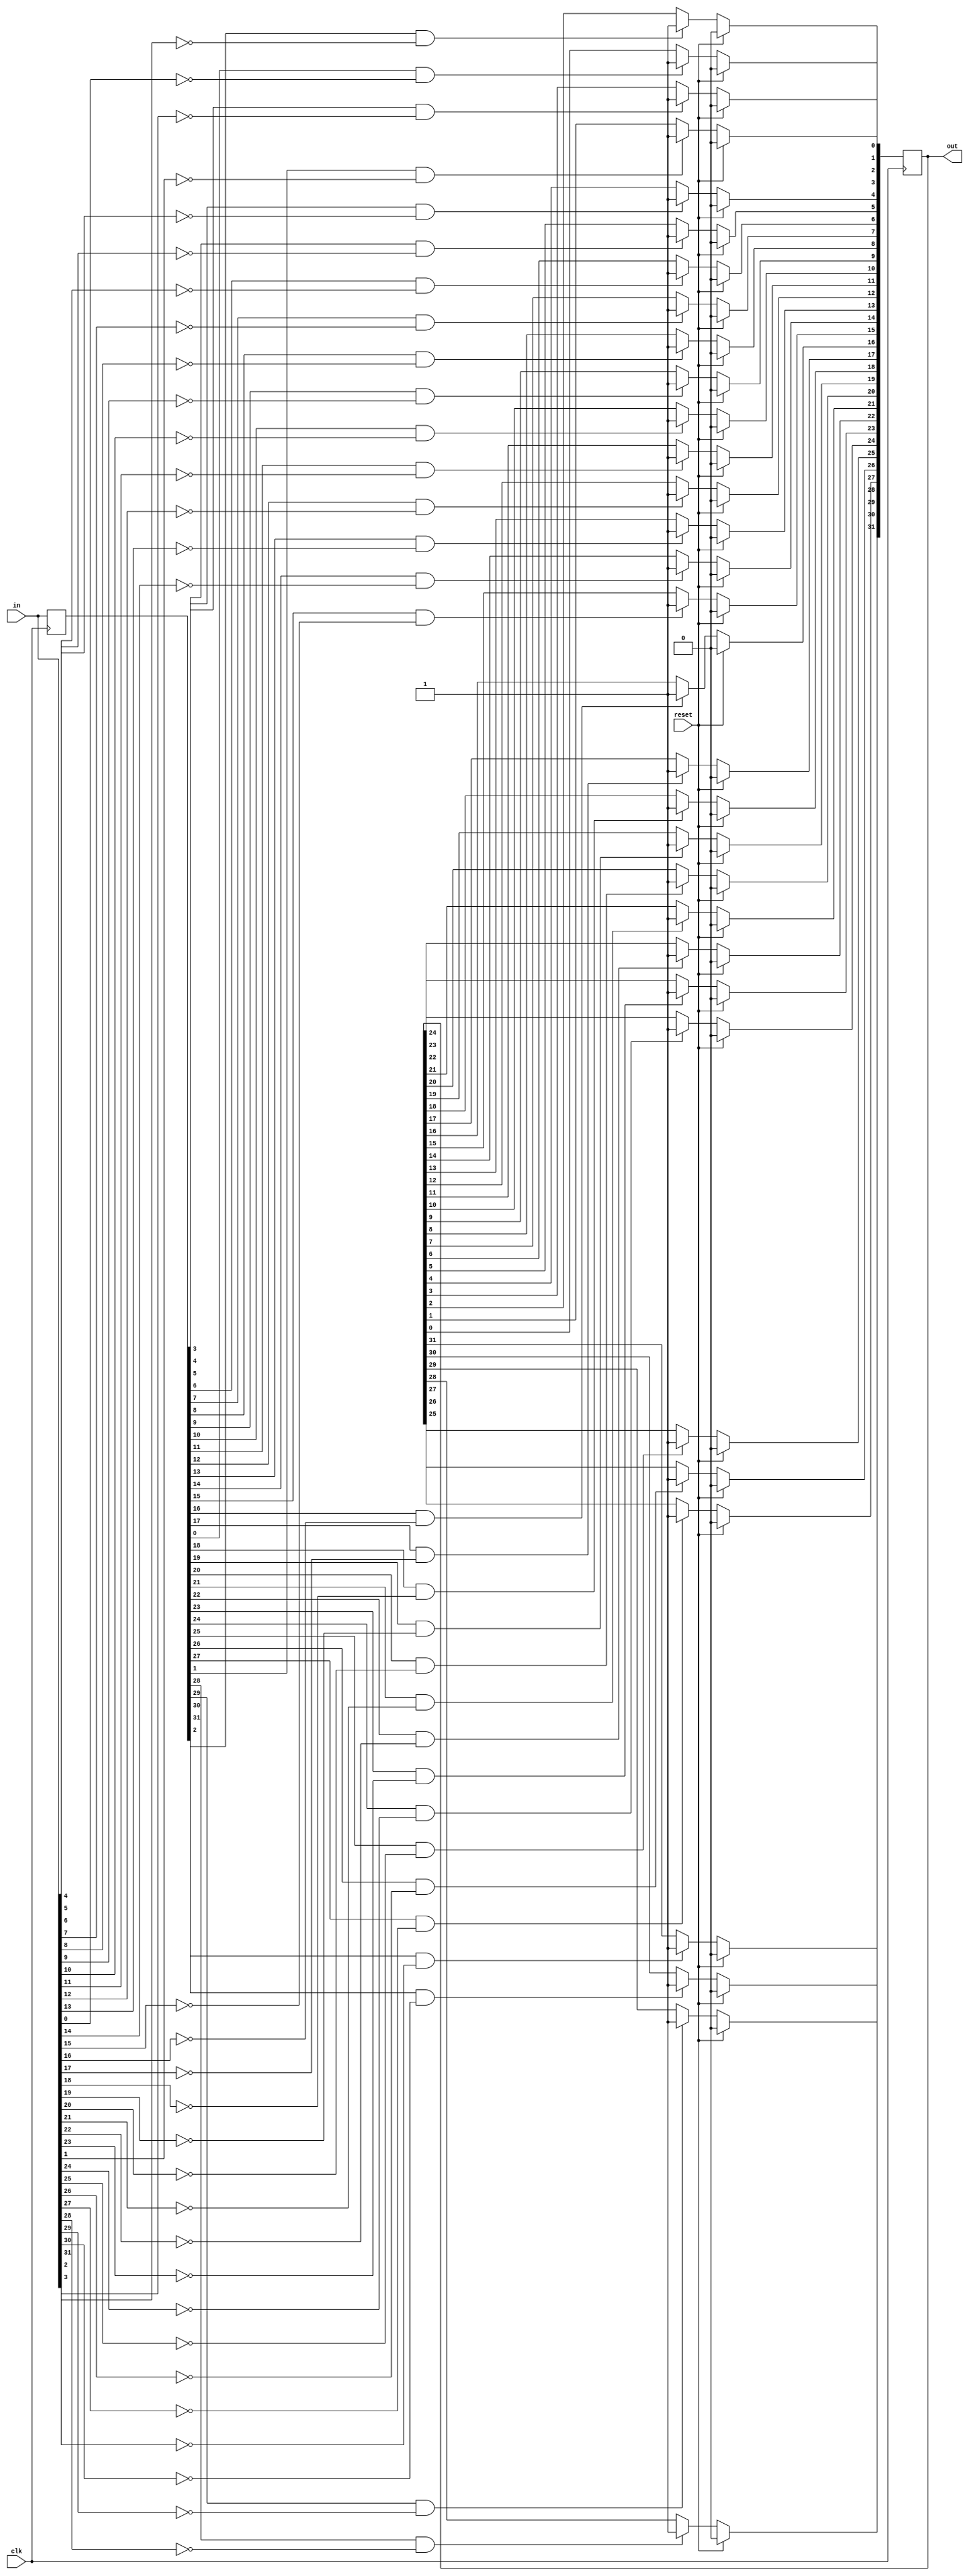
module top_module (
    input clk,
    input reset,
    input [31:0] in,
    output [31:0] out
);

    reg [31:0] in_reg;
    integer i;
    always @(posedge clk) begin
        in_reg <= in;
        if(reset)
            out <= 0;
        else begin
            for(i = 0; i < 32; i=i+1) begin
                if(in_reg[i]&~in[i])
                    out[i] <= 1;
            end
        end
    end
endmodule